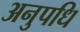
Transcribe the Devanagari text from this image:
अनुपधि